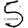
Digit: 5